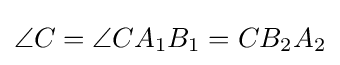
\angle C=\angle CA_{1}B_{1}=CB_{2}A_{2}